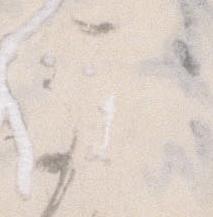
な